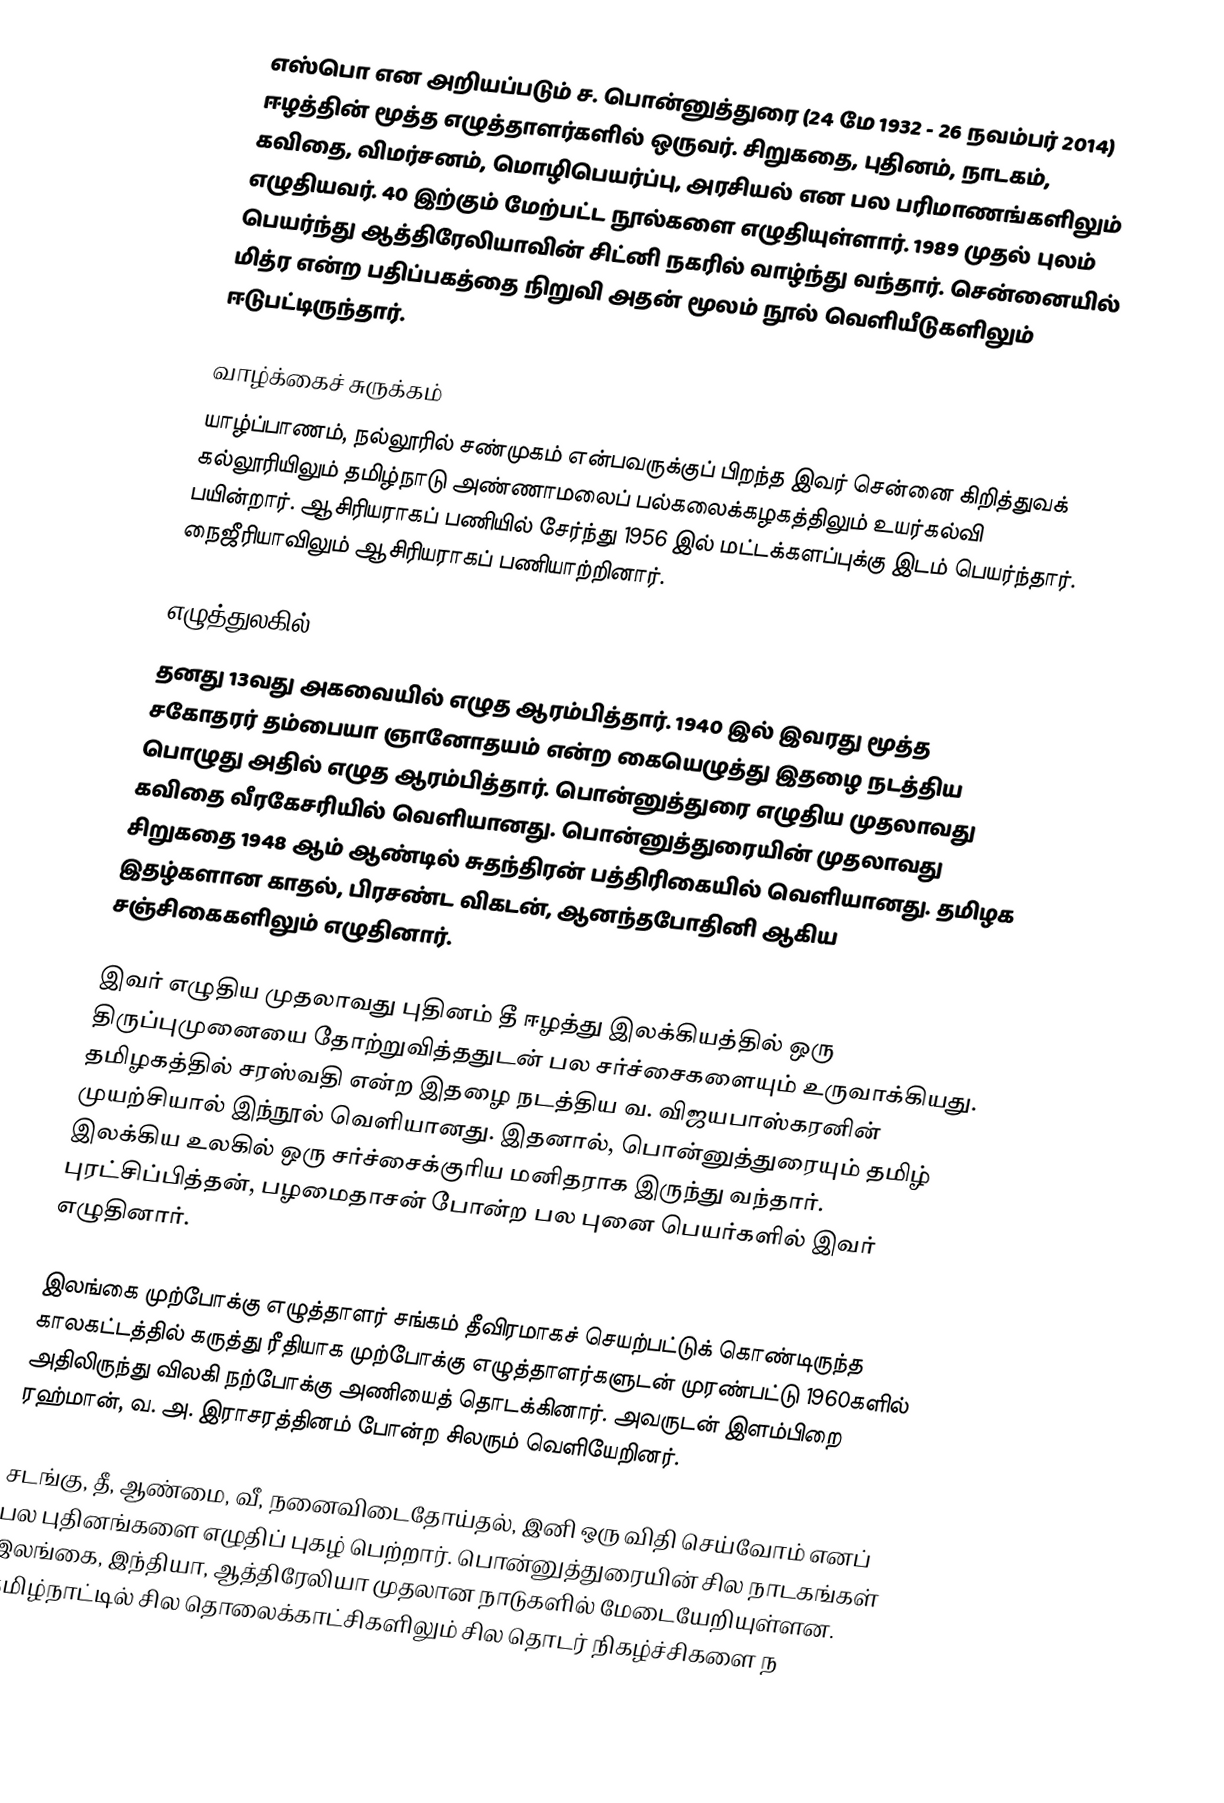
எஸ்பொ என அறியப்படும் ச. பொன்னுத்துரை (24 மே 1932 - 26 நவம்பர் 2014) ஈழத்தின் மூத்த எழுத்தாளர்களில் ஒருவர். சிறுகதை, புதினம், நாடகம், கவிதை, விமர்சனம், மொழிபெயர்ப்பு, அரசியல் என பல பரிமாணங்களிலும் எழுதியவர். 40 இற்கும் மேற்பட்ட நூல்களை எழுதியுள்ளார். 1989 முதல் புலம் பெயர்ந்து ஆத்திரேலியாவின் சிட்னி நகரில் வாழ்ந்து வந்தார். சென்னையில் மித்ர என்ற பதிப்பகத்தை நிறுவி அதன் மூலம் நூல் வெளியீடுகளிலும் ஈடுபட்டிருந்தார்.

வாழ்க்கைச் சுருக்கம்
யாழ்ப்பாணம், நல்லூரில் சண்முகம் என்பவருக்குப் பிறந்த இவர் சென்னை கிறித்துவக் கல்லூரியிலும் தமிழ்நாடு அண்ணாமலைப் பல்கலைக்கழகத்திலும் உயர்கல்வி பயின்றார். ஆசிரியராகப் பணியில் சேர்ந்து 1956 இல் மட்டக்களப்புக்கு இடம் பெயர்ந்தார். நைஜீரியாவிலும் ஆசிரியராகப் பணியாற்றினார்.

எழுத்துலகில்
தனது 13வது அகவையில் எழுத ஆரம்பித்தார். 1940 இல் இவரது மூத்த சகோதரர் தம்பையா ஞானோதயம் என்ற கையெழுத்து இதழை நடத்திய பொழுது அதில் எழுத ஆரம்பித்தார். பொன்னுத்துரை எழுதிய முதலாவது கவிதை வீரகேசரியில் வெளியானது.  பொன்னுத்துரையின் முதலாவது சிறுகதை 1948 ஆம் ஆண்டில் சுதந்திரன் பத்திரிகையில் வெளியானது. தமிழக இதழ்களான காதல், பிரசண்ட விகடன், ஆனந்தபோதினி ஆகிய சஞ்சிகைகளிலும் எழுதினார்.

இவர் எழுதிய முதலாவது புதினம் தீ ஈழத்து இலக்கியத்தில் ஒரு திருப்புமுனையை தோற்றுவித்ததுடன் பல சர்ச்சைகளையும்   உருவாக்கியது. தமிழகத்தில் சரஸ்வதி என்ற இதழை நடத்திய வ. விஜயபாஸ்கரனின் முயற்சியால் இந்நூல்  வெளியானது. இதனால், பொன்னுத்துரையும் தமிழ் இலக்கிய உலகில் ஒரு சர்ச்சைக்குரிய மனிதராக இருந்து வந்தார். புரட்சிப்பித்தன், பழமைதாசன் போன்ற பல புனை பெயர்களில் இவர் எழுதினார்.

இலங்கை முற்போக்கு எழுத்தாளர் சங்கம் தீவிரமாகச் செயற்பட்டுக் கொண்டிருந்த காலகட்டத்தில் கருத்து ரீதியாக முற்போக்கு எழுத்தாளர்களுடன் முரண்பட்டு 1960களில் அதிலிருந்து விலகி நற்போக்கு அணியைத் தொடக்கினார். அவருடன் இளம்பிறை ரஹ்மான், வ. அ. இராசரத்தினம் போன்ற சிலரும் வெளியேறினர்.

சடங்கு, தீ, ஆண்மை, வீ, நனைவிடைதோய்தல், இனி ஒரு விதி செய்வோம் எனப் பல புதினங்களை எழுதிப் புகழ் பெற்றார்.  பொன்னுத்துரையின் சில நாடகங்கள் இலங்கை, இந்தியா, ஆத்திரேலியா முதலான நாடுகளில் மேடையேறியுள்ளன. தமிழ்நாட்டில் சில தொலைக்காட்சிகளிலும் சில தொடர் நிகழ்ச்சிகளை ந